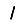
Digit: 1